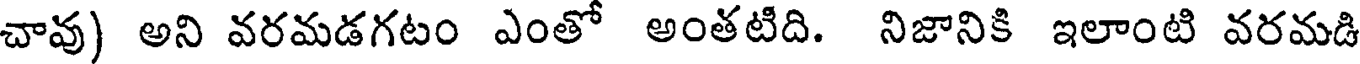
చావు) అని వరమడగటం ఎంతో అంతటిది. నిజానికి ఇలాంటి వరమడి